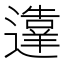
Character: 𬩙